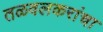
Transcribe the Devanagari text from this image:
तळवलकरांचा